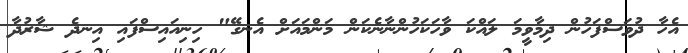
އެހާ ދުވަސްފަހުން ދިމާވީމަ ލައްކަ ވާހަކަހުންނާނެކަން މަންމައަށް އެނގޭ" ހިނިއައިސްފައި އިނދެ ޝާރުދާ